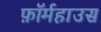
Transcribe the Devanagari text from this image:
फ़ॉर्महाउस